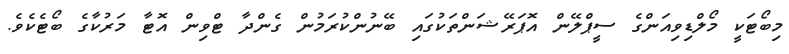
މިބޯޓަކީ މޯލްޑިވިއަންގެ ސީޕްލޭން އޮޕަރޭޝަންތަކުގައި ބޭނުންކުރަމުން ގެންދާ ޓްވިން އޮޓާ މަރުކާގެ ބޯޓެކެވެ.